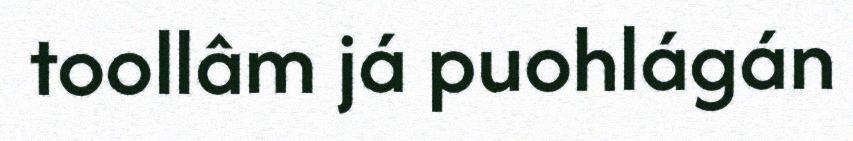
toollâm já puohlágán